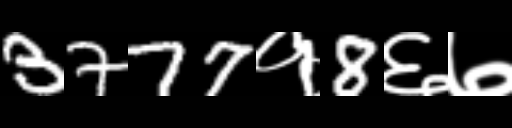
Text: 3777१8६७